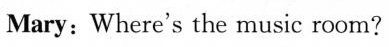
Mary: Where's the music room?